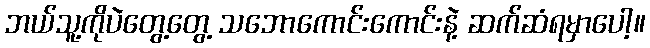
ဘယ်သူ့ကိုပဲတွေ့တွေ့ သဘောကောင်းကောင်းနဲ့ ဆက်ဆံရမှာပေါ့။